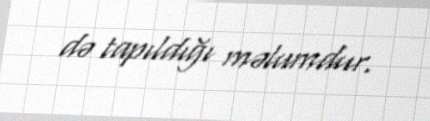
də tapıldığı məlumdur.